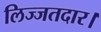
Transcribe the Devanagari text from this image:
लिज्जतदार।